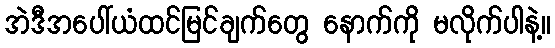
အဲဒီအပေါ်ယံထင်မြင်ချက်တွေ နောက်ကို မလိုက်ပါနဲ့။